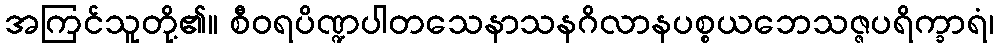
အကြင်သူတို့၏။ စီဝရပိဏ္ဍပါတသေနာသနဂိလာနပစ္စယဘေသဇ္ဇပရိက္ခာရံ၊